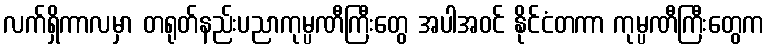
လက်ရှိကာလမှာ တရုတ်နည်းပညာကုမ္ပဏီကြီးတွေ အပါအဝင် နိုင်ငံတကာ ကုမ္ပဏီကြီးတွေက